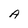
Character: A